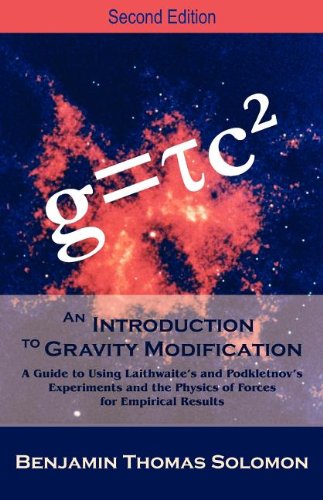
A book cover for An Introduction to Gravity Modification: A Guide to Using Laithwaite's and Podkletnov's Experiments and the Physics of Forces for Empirical Results,; Benjamin T. Solomon; Science & Math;